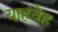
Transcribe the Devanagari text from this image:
याहंवेह